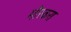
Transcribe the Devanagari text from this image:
मौस्कस